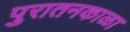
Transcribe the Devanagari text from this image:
पुरातनकाळा